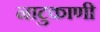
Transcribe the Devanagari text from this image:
नाटुकाणी